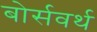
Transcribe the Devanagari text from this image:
बोर्सवर्थ